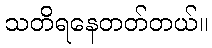
သတိရနေတတ်တယ်။